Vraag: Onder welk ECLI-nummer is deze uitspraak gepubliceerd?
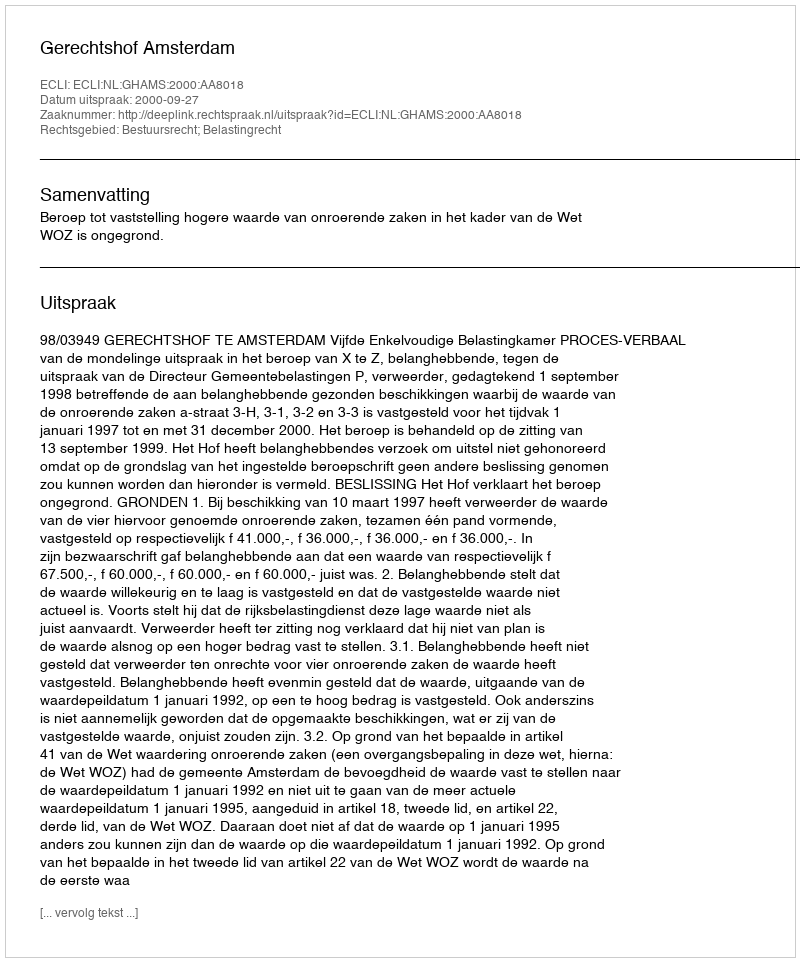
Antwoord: ECLI:NL:GHAMS:2000:AA8018